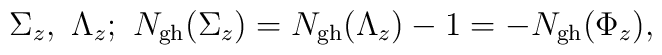
\Sigma_z,\ \Lambda_z;\   N_{ {\rm gh}}(\Sigma_z) =N_{ {\rm gh}}(\Lambda_z)-1=-N_{ {\rm gh}}(\Phi_z) ,